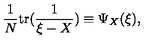
{ \frac { 1 } { N } } \mathrm { { t r } } ( { \frac { 1 } { \xi - X } } ) \equiv \Psi _ { X } ( \xi ) ,